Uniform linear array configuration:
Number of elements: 12
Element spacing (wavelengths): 0.75
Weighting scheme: exponential
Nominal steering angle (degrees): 0
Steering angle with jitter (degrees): -0.9697
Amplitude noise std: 0.05
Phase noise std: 0.05

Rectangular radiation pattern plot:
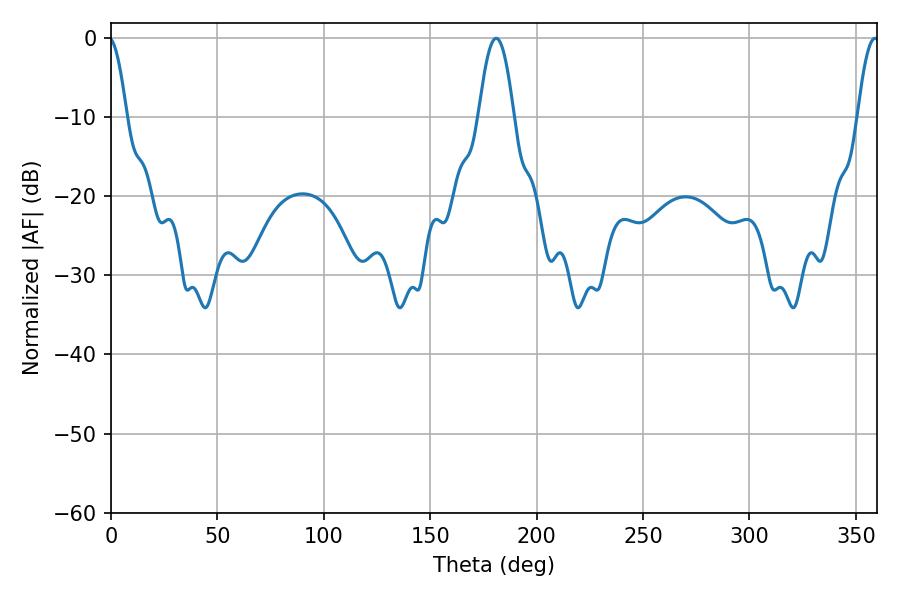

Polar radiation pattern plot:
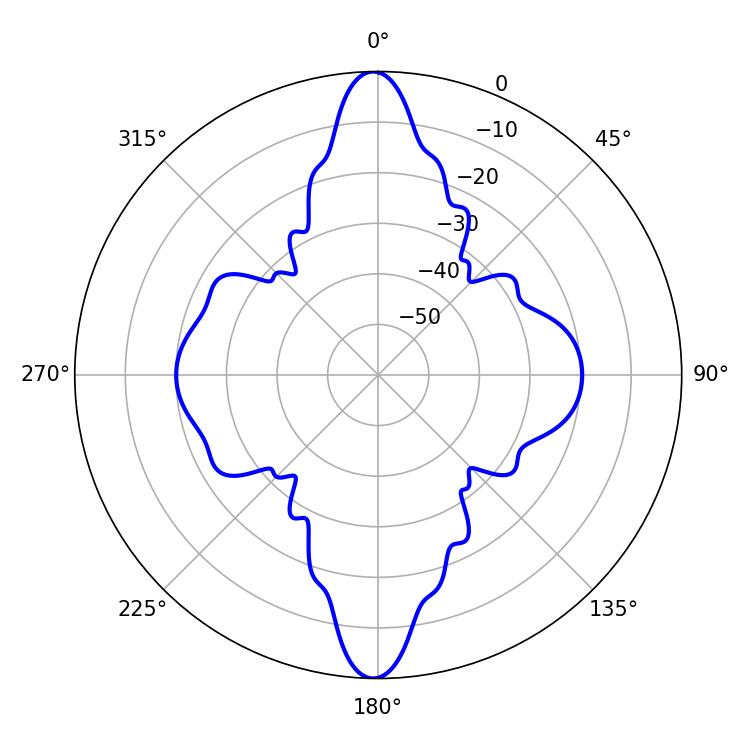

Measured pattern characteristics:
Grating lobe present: TRUE
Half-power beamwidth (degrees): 9
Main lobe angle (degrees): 181.08